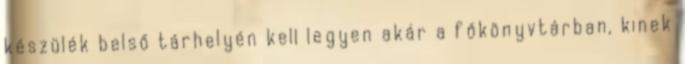
készülék belső tárhelyén kell legyen akár a főkönyvtárban, kinek